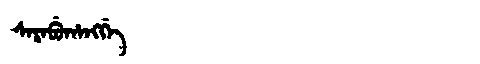
Manchu: ᠰᠠᡵᠠᠪᡠᡥᠠᠩᡤᡝ
Romanization: SARABUHANGGE